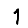
Digit: 1